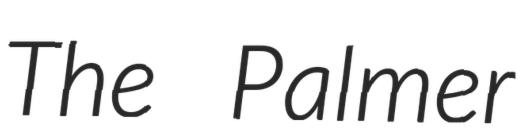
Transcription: The Palmer